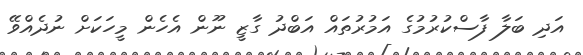
އަދި ބަލާ ފާސްކުރުމުގެ އަމުރުތައް އަބްދު ގާޒީ ނޫން އެހެން މީހަކަށް ނުދެއްވޭ